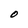
Character: O